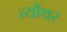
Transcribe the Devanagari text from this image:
त्यौंथर